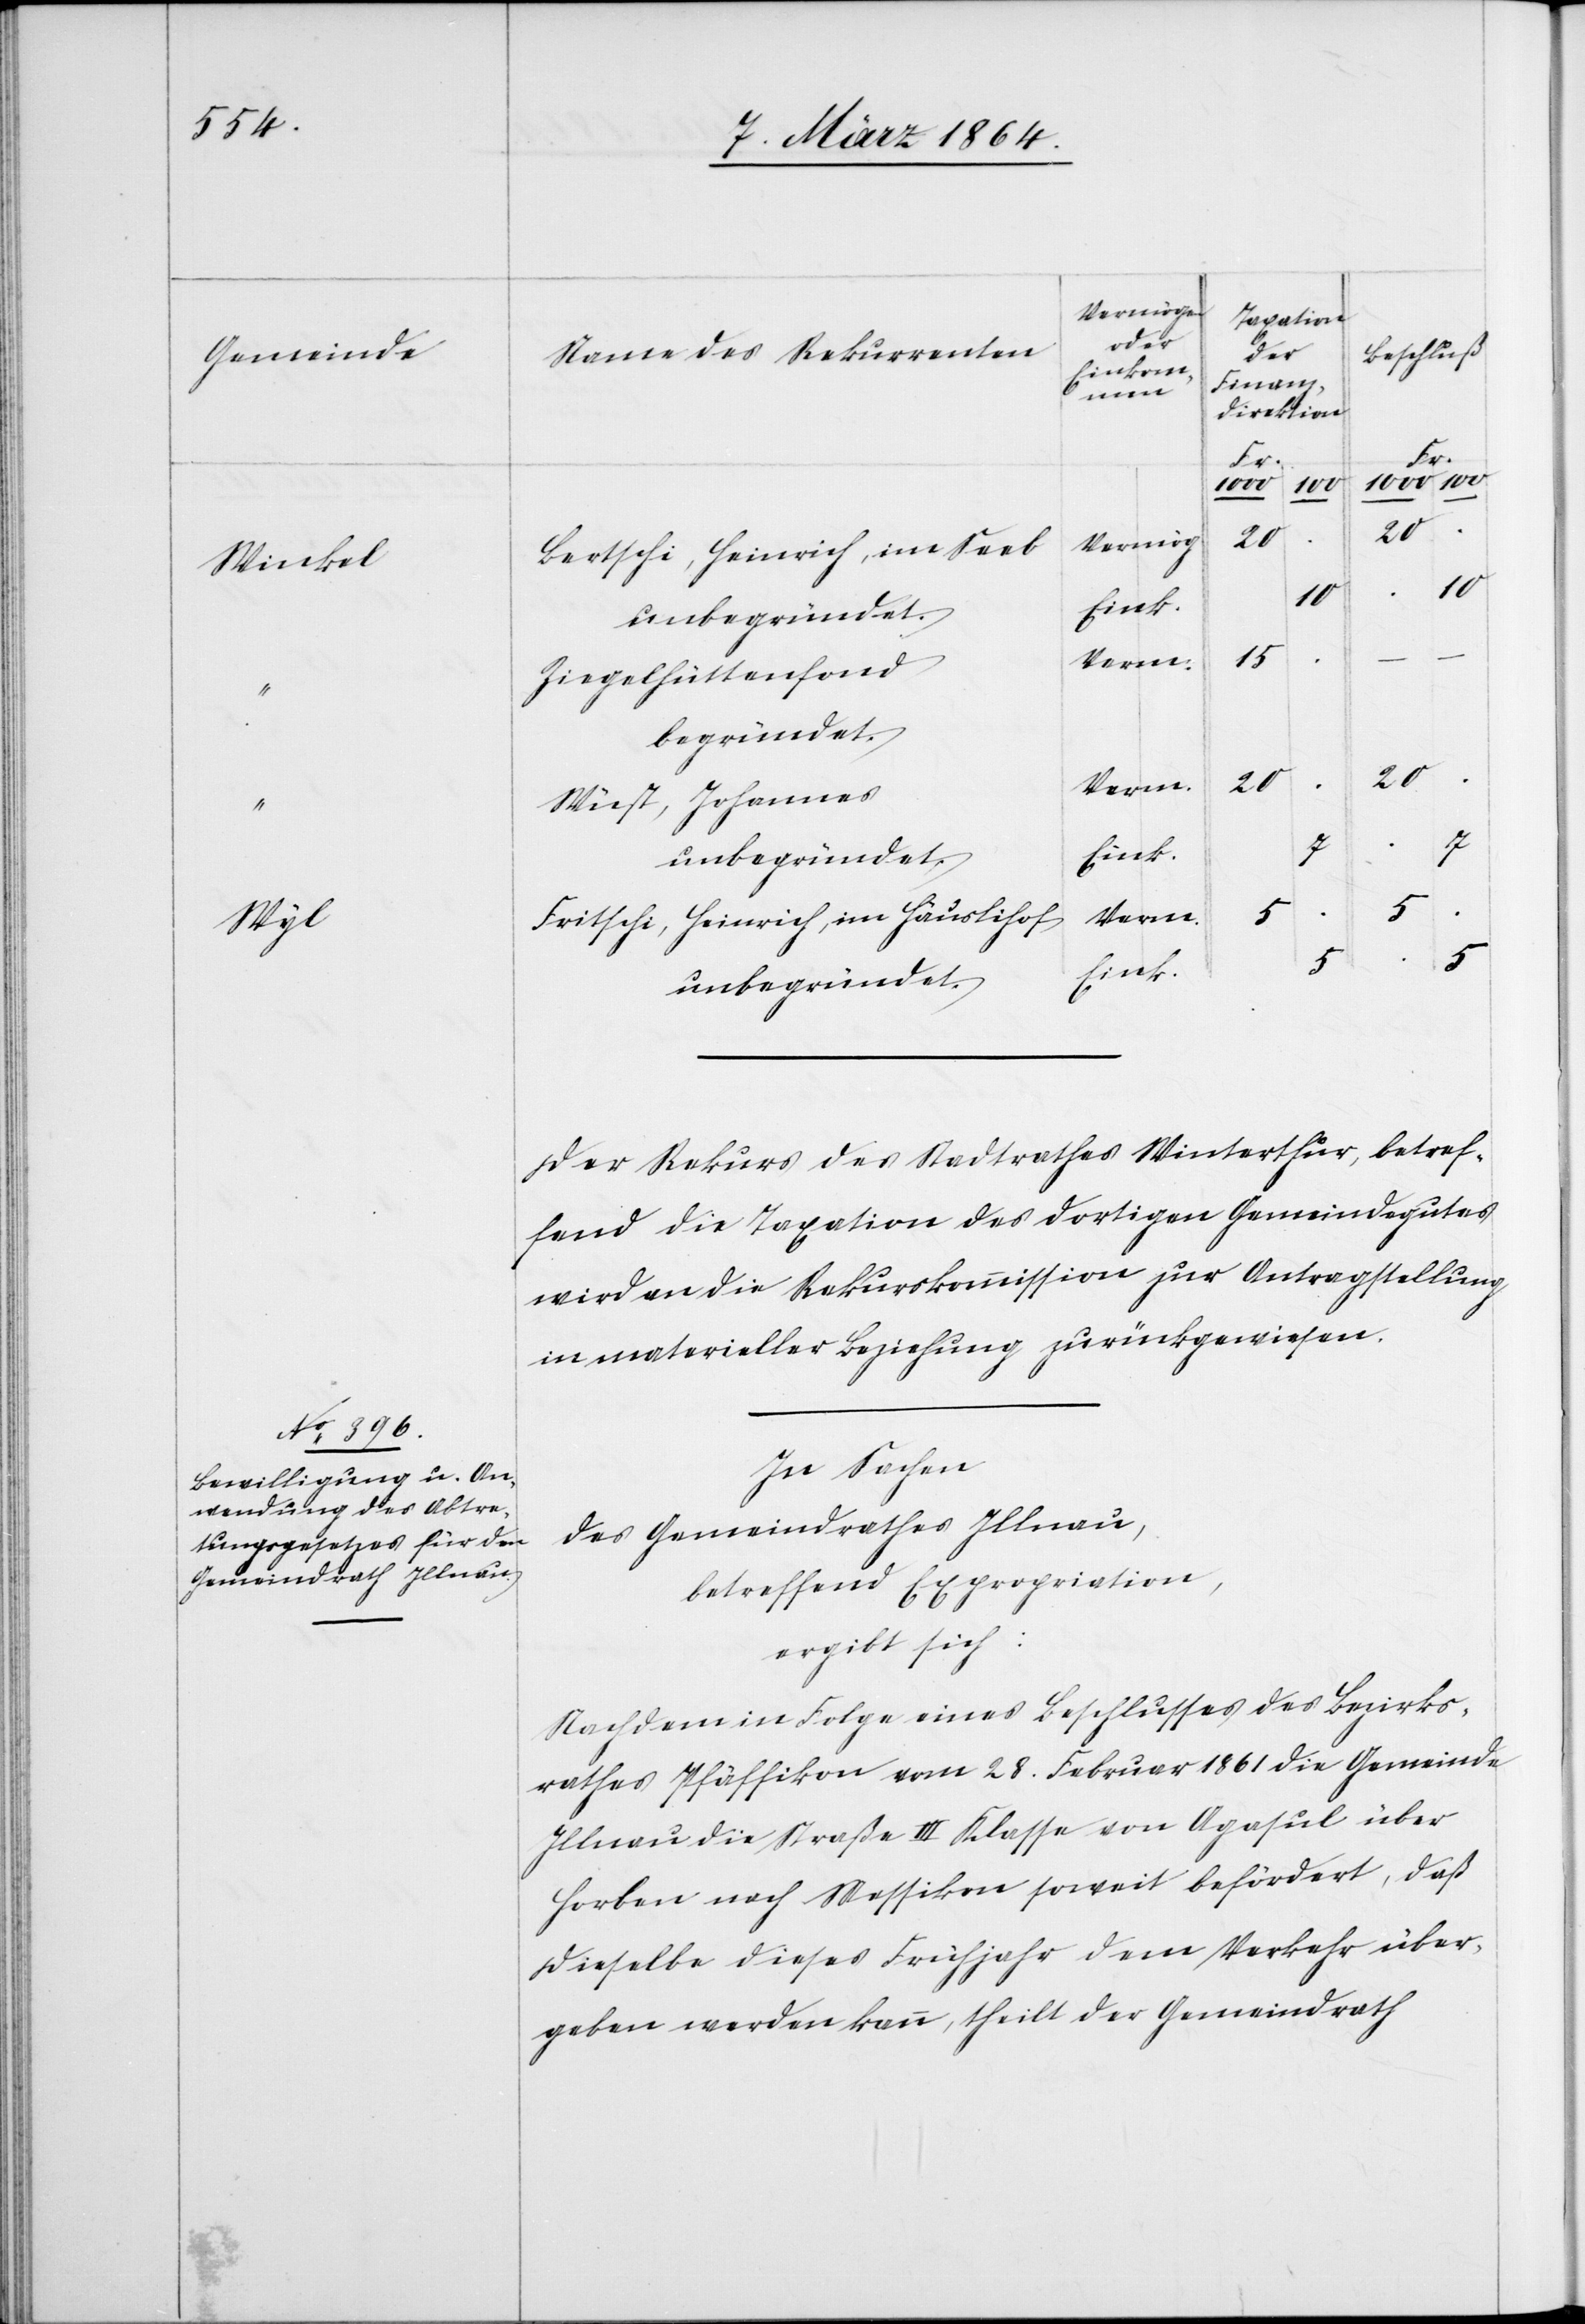
Wyl

Winkel
.
10
20
Bertschi, Heinrich, im Seeb
10
Ziegelhüttenfond
begründet.
Verm.
Wüst, Johannes
.
.
Eink.
5
5
Fritschi, Heinrich, Im Häuslihof
unbegründet.
Der Rekurs des Stadtrathes Winterthur, betref¬
fend die Taxation des dortigen Gemeindegutes
wird an die Rekurskommission zur Antragstellung
in materieller Beziehung zurückgewiesen.
In Sachen
des Gemeindrathes Illnau,
betreffend Expropriation,
ergibt sich:
Nachdem in Folge eines Beschlusses des Bezirks¬
rathes Pfäffikon vom 28. Februar 1861 die Gemeinde
Illnau die Straße III Klasse von Agasul über
Horben nach Messikon soweit befördert, daß
dieselbe dieses Frühjahr dem Verkehr über¬
geben werden kann, theilt der Gemeindrath